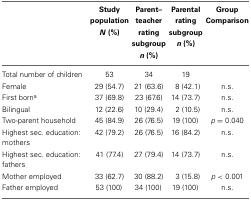
|  | Study population N (%) | Parent–teacher rating subgroup n (%) | Parental rating subgroup n (%) | Group Comparison |
 | --- | --- | --- | --- | --- |
 | Total number of children | 53 | 34 | 19 |  |
 | Female | 29 (54.7) | 21 (63.6) | 8 (42.1) | n.s. |
 | First borna | 37 (69.8) | 23 (67.6) | 14 (73.7) | n.s. |
 | Bilingual | 12 (22.6) | 10 (29.4) | 2 (10.5) | n.s. |
 | Two-parent household | 45 (84.9) | 26 (76.5) | 19 (100) | p = 0.040 |
 | Highest sec. education: mothers | 42 (79.2) | 26 (76.5) | 16 (84.2) | n.s. |
 | Highest sec. education: fathers | 41 (77.4) | 27 (79.4) | 14 (73.7) | n.s. |
 | Mother employed | 33 (62.7) | 30 (88.2) | 3 (15.8) | p < 0.001 |
 | Father employed | 53 (100) | 34 (100) | 19 (100) | n.s. |